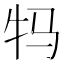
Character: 𮳺